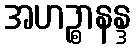
အဟဉ္စာနန္ဒ